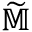
\smash { \widetilde { \mathbb { M } } }